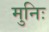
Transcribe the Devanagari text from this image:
मुनिः